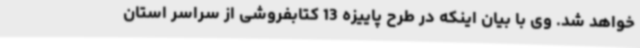
خواهد شد. وی با بیان اینکه در طرح پاییزه 13 کتابفروشی‌ از سراسر استان